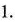
1.